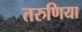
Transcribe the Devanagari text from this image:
तरुणिया